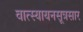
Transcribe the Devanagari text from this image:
वात्स्यायनसूत्रसार